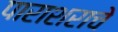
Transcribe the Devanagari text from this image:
पाराशराचे